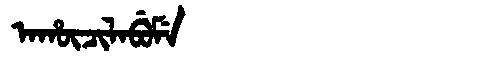
Manchu: ᠠᡥᡡᠴᡳᠯᠠᠪᡠᠮᡝ
Romanization: AHŪCILABUME